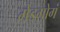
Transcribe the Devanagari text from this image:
मेइगोगं